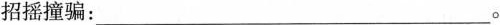
招摇撞骗___。